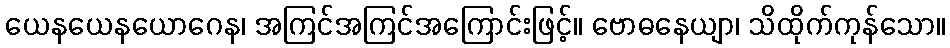
ယေနယေနယောဂေန၊ အကြင်အကြင်အကြောင်းဖြင့်။ ဗောဓနေယျာ၊ သိထိုက်ကုန်သော။